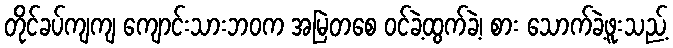
တိုင်ခပ်ကျကျ ကျောင်းသားဘဝက အမြဲတစေ ဝင်ခဲ့ထွက်ခဲ့၊ စား သောက်ခဲ့ဖူးသည့်